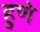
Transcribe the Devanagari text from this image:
हुणे